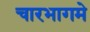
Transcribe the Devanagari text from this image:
चारभागमे